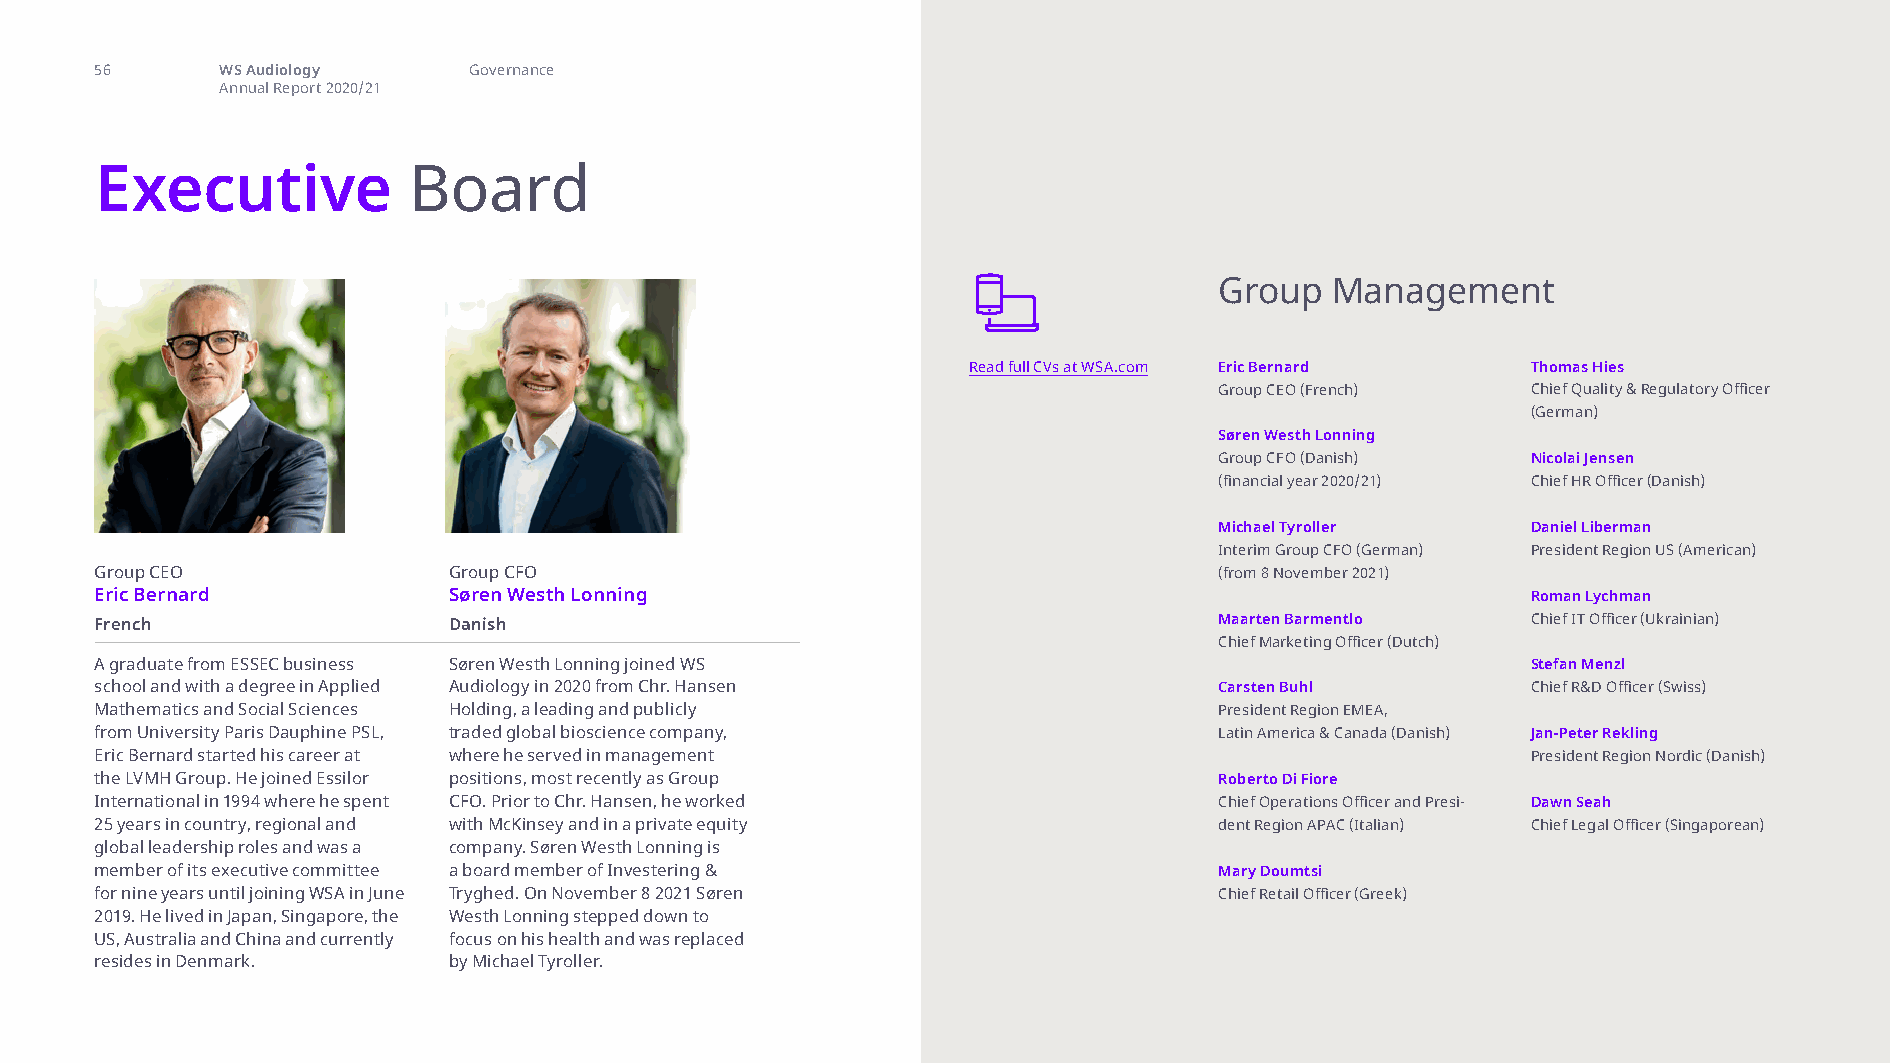
executive board
 56       WS Audiology    Governance
 Annual Report 2020/21
 Executive            Board
 Group  Management
 Read full CVs at WSA.com Eric Bernard Thomas Hies
 Group CEO (French)  Chief Quality & Regulatory Officer
 (German)
 Søren Westh Lonning
 Group CFO (Danish)  Nicolai Jensen
 (financial year 2020/21) Chief HR Officer (Danish)
 Michael Tyroller    Daniel Liberman
 Interim Group CFO (German) President Region US (American)
 Group CEO               Group CFO                                          (from 8 November 2021)
 Eric Bernard            Søren Westh Lonning                                                    Roman Lychman
 French                  Danish                                             Maarten Barmentlo   Chief IT Officer (Ukrainian)
 Chief Marketing Officer (Dutch)
 A graduate from ESSEC business Søren Westh Lonning joined WS                                   Stefan Menzl
 school and with a degree in Applied Audiology in 2020 from Chr. Hansen     Carsten Buhl        Chief R&D Officer (Swiss)
 Mathematics and Social Sciences Holding, a leading and publicly            President Region EMEA,
 from University Paris Dauphine PSL, traded global bioscience company,      Latin America & Canada (Danish) Jan-Peter Rekling
 Eric Bernard started his career at where he served in management                               President Region Nordic (Danish)
 the LVMH Group. He joined Essilor positions, most recently as Group        Roberto Di Fiore
 International in 1994 where he spent CFO. Prior to Chr. Hansen, he worked  Chief Operations Officer and Presi- Dawn Seah
 25 years in country, regional and with McKinsey and in a private equity    dent Region APAC (Italian) Chief Legal Officer (Singaporean)
 global leadership roles and was a company. Søren Westh Lonning is
 member of its executive committee a board member of Investering &          Mary Doumtsi
 for nine years until joining WSA in June Tryghed. On November 8 2021 Søren Chief Retail Officer (Greek)
 2019. He lived in Japan, Singapore, the Westh Lonning stepped down to
 US, Australia and China and currently focus on his health and was replaced
 resides in Denmark.     by Michael Tyroller.